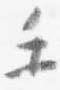
手